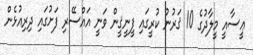
ޢީސާއީ މީލާދުގެ 10 ޤަރުނު ކުރީގައި ފީނީޤީން ވަނީ އައްސޭރި ފަށުގައި ދިރިއުޅެން